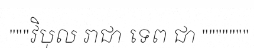
"""វិបុល រាជា ទេព ជា """""""